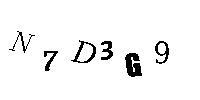
N7D3G9